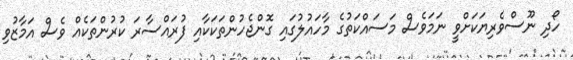
ހޯދި ނޫސްވެރިޔަކަށްވީ ނަމަވެސް މަސައްކަތުގެ މާހައުލުގައި ގޮންޖެހުންތަކަކާއި ފުރައްސާރަ ކުރުންތަކެއް ވެސް އަމާޒުވި